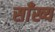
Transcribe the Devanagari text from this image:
साँख्य